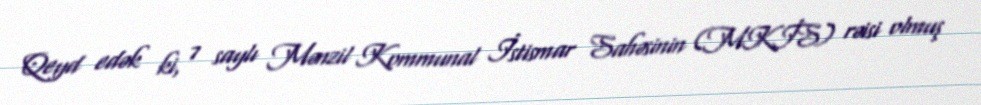
Qeyd edək ki, 7 saylı Mənzil Kommunal İstismar Sahəsinin (MKİS) rəisi olmuş